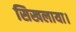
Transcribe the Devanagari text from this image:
सिखलाया।